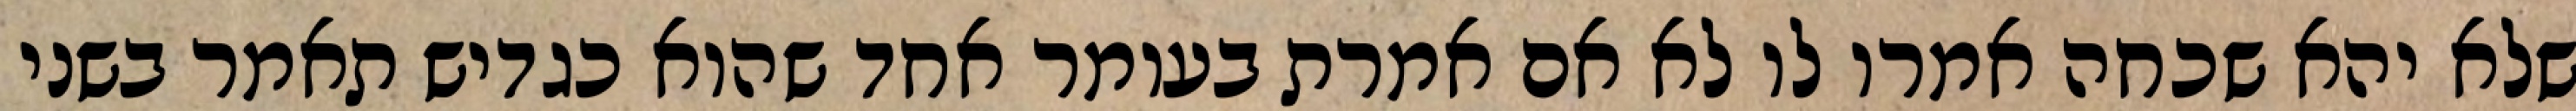
שלא יהא שכחה אמרו לו לא אם אמרת בעומר אחד שהוא כגדיש תאמר בשני